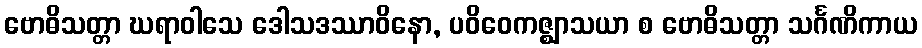
ဗောဓိသတ္တာ ဃရာဝါသေ ဒေါသဒဿာဝိနော, ပဝိဝေကဇ္ဈာသယာ စ ဗောဓိသတ္တာ သင်္ဂဏိကာယ